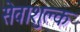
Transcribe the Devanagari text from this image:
सेवाशुल्क